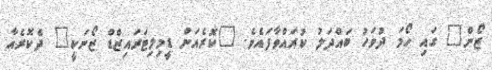
ޒޯން" ގައި ހޯމަ ދުވަހު ބައްދަލު ކުރައްވާފައެވެ. "ކޮރެއަން ޑީމިލިޓަރައިޒްޑް ޒޯނަކީ" ދެކޮރެއާ